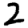
Digit: 2